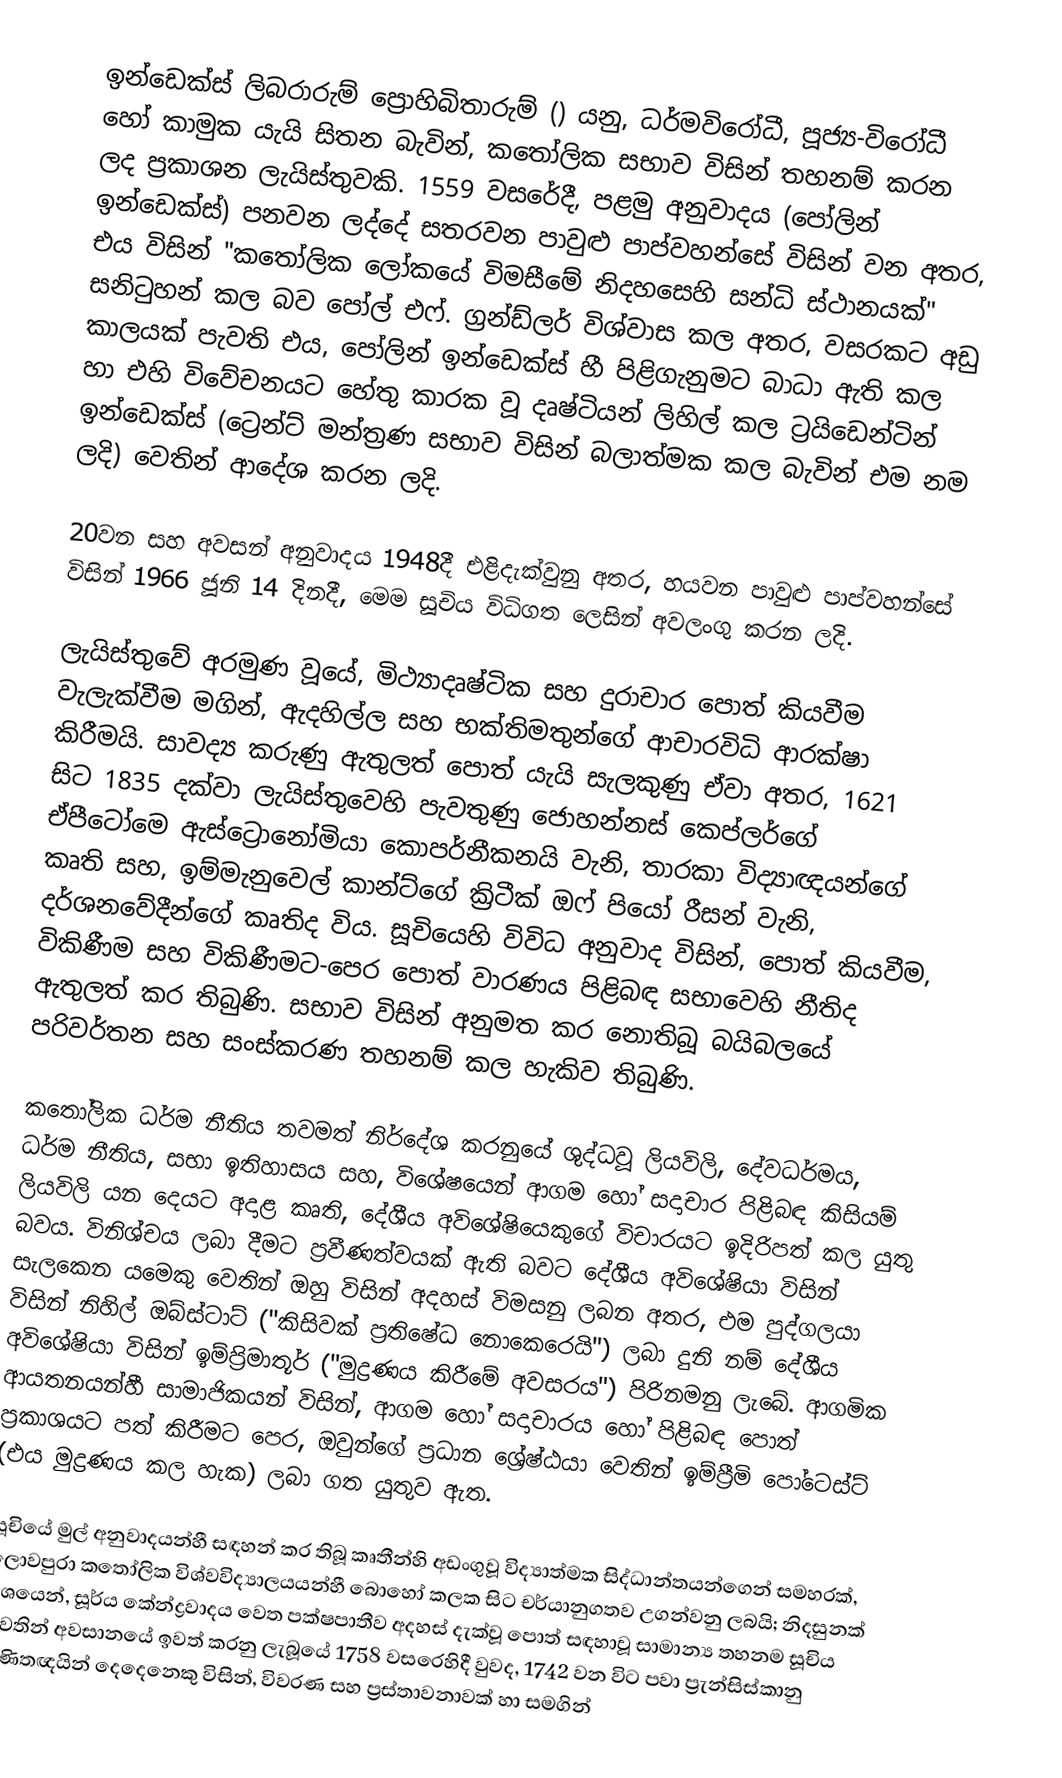
ඉන්ඩෙක්ස් ලිබරාරුම් ප්‍රොහිබිතාරුම් () යනු,  ධර්මවිරෝධී, පූජ්‍ය-විරෝධී හෝ කාමුක යැයි සිතන බැවින්, කතෝලික සභාව විසින් තහනම් කරන ලද ප්‍රකාශන ලැයිස්තුවකි.  1559 වසරේදී,  පළමු අනුවාදය (පෝලින්  ඉන්ඩෙක්ස්) පනවන ලද්දේ  සතරවන පාවුළු පාප්වහන්සේ විසින් වන අතර, එය විසින් "කතෝලික ලෝකයේ විමසීමේ නිදහසෙහි සන්ධි ස්ථානයක්" සනිටුහන් කල බව පෝල් එෆ්. ග්‍රන්ඩ්ලර් විශ්වාස කල අතර, වසරකට අඩු කාලයක් පැවති එය, පෝලින් ඉන්ඩෙක්ස් හී පිළිගැනුමට බාධා ඇති කල හා එහි විවේචනයට හේතු කාරක වූ දෘෂ්ටියන් ලිහිල් කල  ට්‍රයිඩෙන්ටින් ඉන්ඩෙක්ස්  (ට්‍රෙන්ට් මන්ත්‍රණ සභාව විසින් බලාත්මක කල බැවින් එම නම ලදි) වෙතින් ආදේශ කරන ලදි.

20වන සහ අවසන් අනුවාදය 1948දී එළිදැක්වුනු අතර, හයවන පාවුළු පාප්වහන්සේ විසින් 1966 ජූනි 14 දිනදී, මෙම සූචිය විධිගත ලෙසින් අවලංගු කරන ලදි.

ලැයිස්තුවේ අරමුණ වූයේ, මිථ්‍යාදෘෂ්ටික සහ  දුරාචාර පොත් කියවීම වැලැක්වීම මගින්, ඇදහිල්ල සහ භක්තිමතුන්ගේ ආචාරවිධි ආරක්ෂා කිරීමයි. සාවද්‍ය කරුණු ඇතුලත් පොත් යැයි සැලකුණු ඒවා අතර,  1621 සිට 1835 දක්වා ලැයිස්තුවෙහි පැවතුණු ජොහන්නස් කෙප්ලර්ගේ  ඒපීටෝමෙ ඇස්ට්‍රොනෝමියා  කොපර්නීකනයි වැනි, තාරකා විද්‍යාඥයන්ගේ කෘති සහ,  ඉම්මැනුවෙල් කාන්ට්ගේ ක්‍රිටීක් ඔෆ් පියෝ රීසන් වැනි, දර්ශනවේදීන්ගේ කෘතිද විය.  සූචියෙහි විවිධ අනුවාද විසින්, පොත් කියවීම,  විකිණීම සහ විකිණීමට-පෙර පොත් වාරණය පිළිබඳ සභාවෙහි නීතිද ඇතුලත් කර තිබුණි. සභාව විසින් අනුමත කර නොතිබූ  බයිබලයේ පරිවර්තන සහ සංස්කරණ තහනම් කල හැකිව තිබුණි.

කතෝලික ධර්ම නීතිය තවමත්  නිර්දේශ කරනුයේ ශුද්ධවූ ලියවිලි, දේවධර්මය, ධර්ම නීතිය, සභා ඉතිහාසය සහ, විශේෂයෙන් ආගම හෝ සදාචාර පිළිබඳ කිසියම් ලියවිලි යන දෙයට අදාළ කෘති,  දේශීය  අවිශේෂියෙකුගේ  විචාරයට ඉදිරිපත් කල යුතු බවය.  විනිශ්චය ලබා දීමට ප්‍රවීණත්වයක් ඇති බවට දේශීය අවිශේෂියා විසින් සැලකෙන යමෙකු වෙතින් ඔහු විසින් අදහස් විමසනු ලබන අතර, එම පුද්ගලයා විසින්  නිහිල් ඔබ්ස්ටාට් ("කිසිවක් ප්‍රතිෂේධ නොකෙරෙයි") ලබා දුනි නම් දේශීය අවිශේෂියා විසින්  ඉම්ප්‍රිමාතූර් ("මුද්‍රණය කිරීමේ අවසරය") පිරිනමනු ලැබේ.  ආගමික ආයතනයන්හී සාමාජිකයන් විසින්, ආගම හෝ සදාචාරය හෝ පිළිබඳ පොත් ප්‍රකාශයට පත් කිරීමට පෙර, ඔවුන්ගේ ප්‍රධාන ශ්‍රේෂ්ඨයා වෙතින් ඉම්ප්‍රීමි පෝටෙස්ට් (එය මුද්‍රණය කල හැක) ලබා ගත යුතුව ඇත.

සූචියේ මුල් අනුවාදයන්හී සඳහන් කර තිබූ කෘතීන්හි අඩංගුවූ විද්‍යාත්මක සිද්ධාන්තයන්ගෙන් සමහරක්, ලොවපුරා කතෝලික විශ්වවිද්‍යාලයයන්හී බොහෝ කලක සිට චර්යානුගතව උගන්වනු ලබයි; නිදසුනක් වශයෙන්, සූර්ය කේන්ද්‍රවාදය වෙත පක්ෂපාතීව අදහස් දැක්වූ පොත් සඳහාවූ සාමාන්‍ය තහනම සූචිය වෙතින් අවසානයේ ඉවත් කරනු ලැබූයේ  1758 වසරෙහිදී වුවද, 1742 වන විට පවා  ප්‍රැන්සිස්කානු ගණිතඥයින් දෙදෙනෙකු විසින්, විවරණ සහ ප්‍රස්තාවනාවක් හා සමගින්